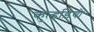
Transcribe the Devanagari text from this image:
कुल्हड़ियों